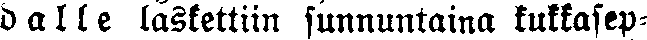
dalle laskettiin sunnuntaina kukkasep-